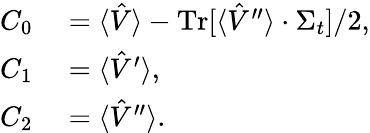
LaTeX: \begin{array}{rl}{C_{0}}&{{}=\langle\hat{V}\rangle-\operatorname*{Tr}[\langle\hat{V}^{\prime\prime}\rangle\cdot\Sigma_{t}]/2,}\\ {C_{1}}&{{}=\langle\hat{V}^{\prime}\rangle,}\\ {C_{2}}&{{}=\langle\hat{V}^{\prime\prime}\rangle.}\end{array}